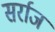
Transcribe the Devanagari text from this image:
सर्राज